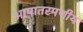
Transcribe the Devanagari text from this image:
आपातरमणीय